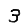
Digit: 3